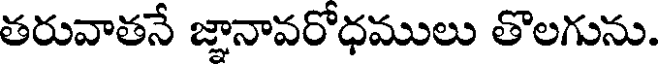
తరువాతనే జ్ఞానావరోధములు తొలగును.